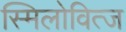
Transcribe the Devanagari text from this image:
स्मिलोवित्ज